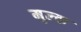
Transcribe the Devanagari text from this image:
मुल्‍क